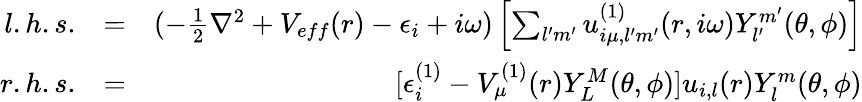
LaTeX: \begin{array}{rlr}{l.h.s.}&{=}&{(-\frac{1}{2}\nabla^{2}+V_{eff}(r)-\epsilon_{i}+i\omega)\left[\sum_{l^{\prime}m^{\prime}}u_{i\mu,l^{\prime}m^{\prime}}^{(1)}(r,i\omega)Y_{l^{\prime}}^{m^{\prime}}(\theta,\phi)\right]}\\ {r.h.s.}&{=}&{[\epsilon_{i}^{(1)}-V_{\mu}^{(1)}(r)Y_{L}^{M}(\theta,\phi)]u_{i,l}(r)Y_{l}^{m}(\theta,\phi)}\end{array}